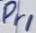
Text: Dr1